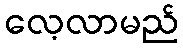
လေ့လာမည်